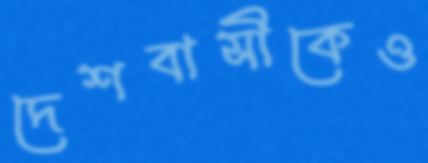
দেশবাসীকেও